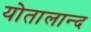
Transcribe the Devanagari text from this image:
योतालान्द